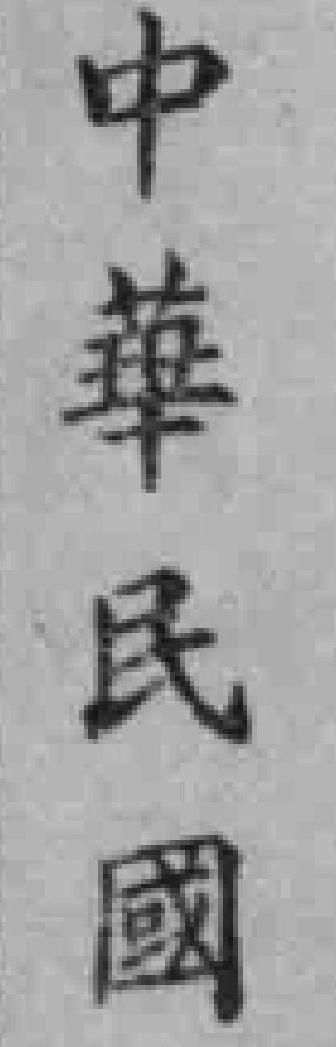
中華民國